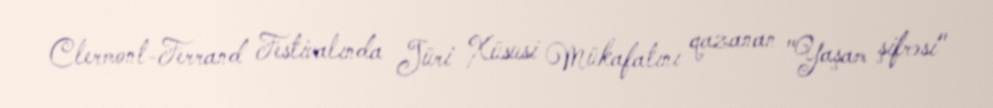
Clermont-Ferrand Festivalında Jüri Xüsusi Mükafatını qazanan "Yaşam şifrəsi"